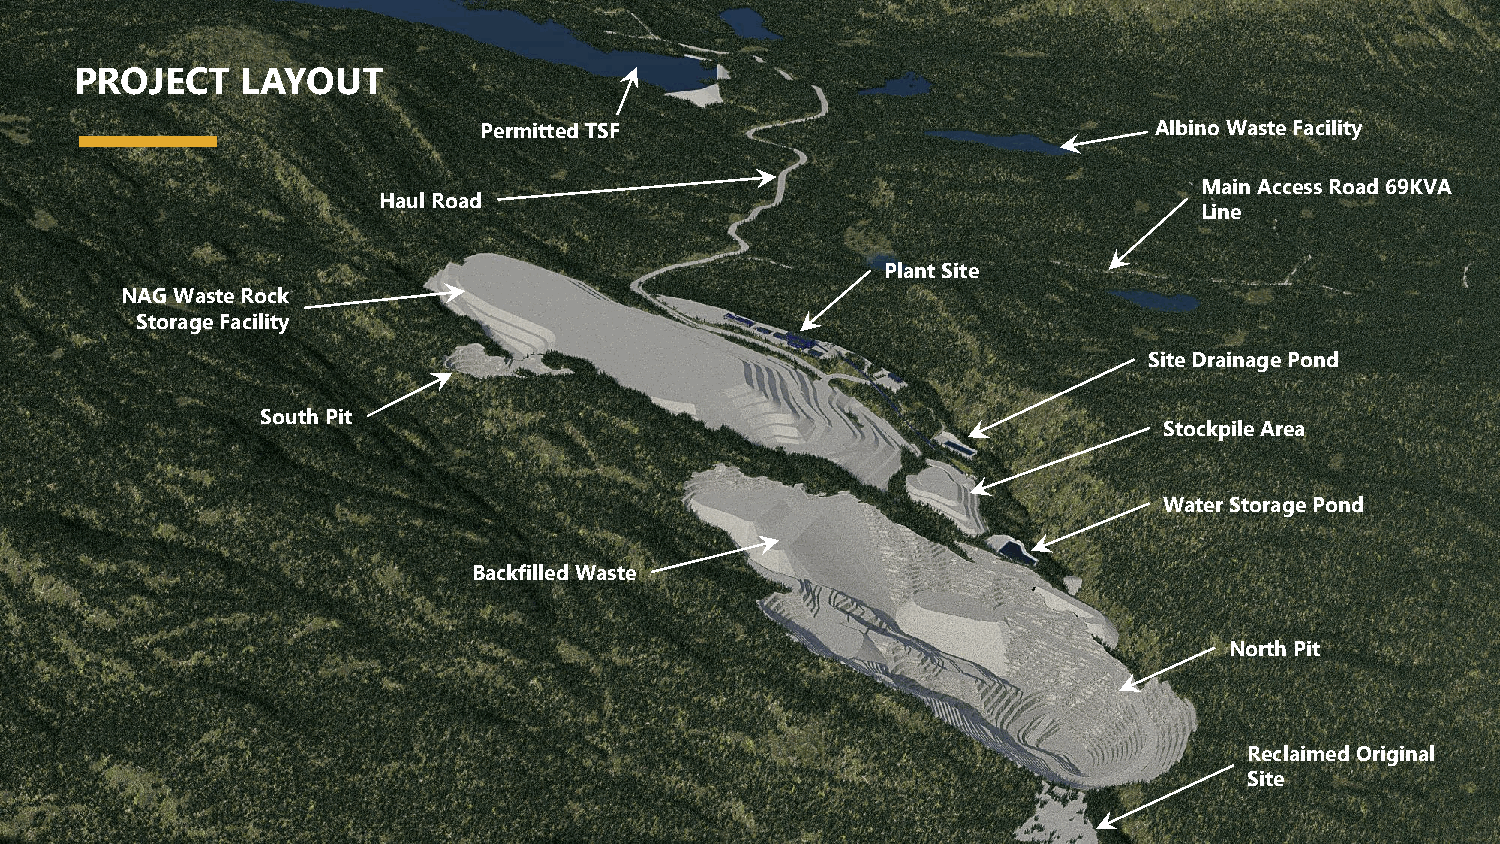
PROJECT    LAYOUT
 Permitted TSF                               Albino Waste Facility
 Main Access Road 69KVA
 Haul Road
 Line
 Plant Site
 NAG Waste Rock
 Storage Facility
 Site Drainage Pond
 South Pit
 Stockpile Area
 Water Storage Pond
 Backfilled Waste
 North Pit
 Reclaimed Original
 Site